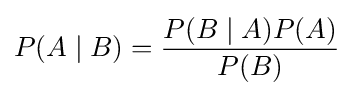
P(A\mid B)={{P(B\mid A)P(A)} \over {P(B)}}